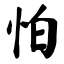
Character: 怕